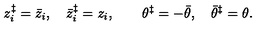
z _ { i } ^ { \ddagger } = \bar { z } _ { i } , \quad \bar { z } _ { i } ^ { \ddagger } = z _ { i } , \quad \quad \theta ^ { \ddagger } = - \bar { \theta } , \quad \bar { \theta } ^ { \ddagger } = \theta .